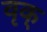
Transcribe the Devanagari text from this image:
वृक्